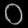
Digit: ၀